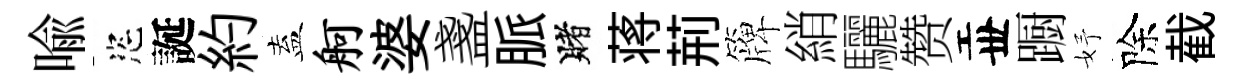
喩恣誕約盍舸婆盞脈賭蒋荊簰綃驪赞丗蹰妤除截